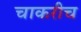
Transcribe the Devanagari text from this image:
चाकरीच